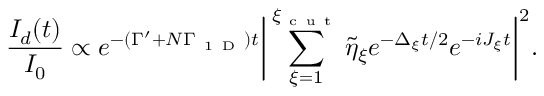
\frac { I _ { d } ( t ) } { I _ { 0 } } \propto e ^ { - ( \Gamma ^ { \prime } + N \Gamma _ { \mathrm { ~ 1 ~ D ~ } } ) t } \bigg | \sum _ { \xi = 1 } ^ { \xi _ { \mathrm { ~ c ~ u ~ t ~ } } } \tilde { \eta } _ { \xi } e ^ { - \Delta _ { \xi } t / 2 } e ^ { - i J _ { \xi } t } \bigg | ^ { 2 } .